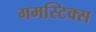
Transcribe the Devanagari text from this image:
गमस्टिक्स